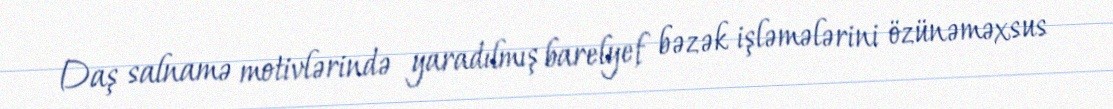
Daş salnamə motivlərində yaradılmış barelyef bəzək işləmələrini özünəməxsus